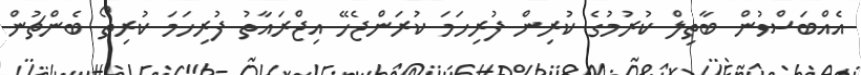
އެއްބަސްވުން ބާތިލް ކުރުމުގެ ކުރިން ފުރިހަމަ ކުރަންޖެހޭ އިޖްރައާތު ފުރިހަމަ ކުރިތޯ ބެންޗުން